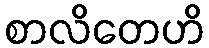
စာလိတေဟိ